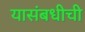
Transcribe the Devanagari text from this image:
यासंबधीची